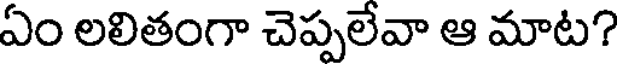
ఏం లలితంగా చెప్పలేవా ఆ మాట?